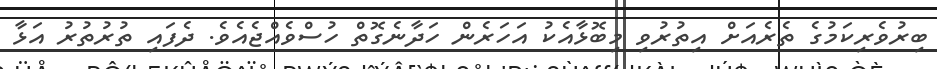
ބިރުވެރިކަމުގެ ތެރެއަށް އިތުރުވި މިބޮޅާއެކު އަހަރެން ހަދާނެގޮތް ހުސްވެއްޖެއެވެ. ދެފައި ތުރުތުރު އަޅާ